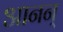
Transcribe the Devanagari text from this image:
आनन्